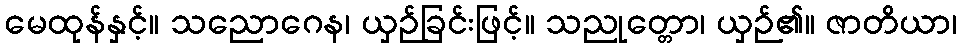
မေထုန်နှင့်။ သညောဂေန၊ ယှဉ်ခြင်းဖြင့်။ သညုတ္တော၊ ယှဉ်၏။ ဇာတိယာ၊